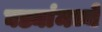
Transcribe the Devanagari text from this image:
घड्यांमध्ये